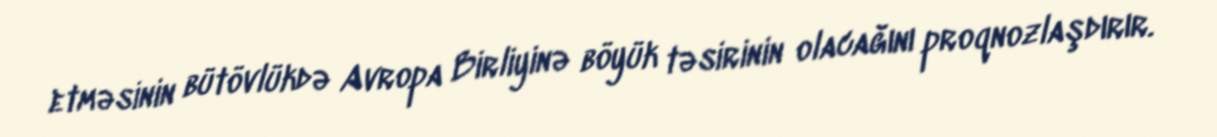
etməsinin bütövlükdə Avropa Birliyinə böyük təsirinin olacağını proqnozlaşdırır.